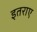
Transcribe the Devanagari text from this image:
इतराए